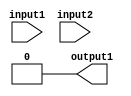
module behavioral_block (
    input wire input1,
    input wire input2,
    output reg output1
);

task generate_tasks;
begin
    // Sequence of operations or tasks to be performed within the block
    if (input1 == 1 && input2 == 0) begin
        // Perform task 1
        output1 <= 1;
    end else begin
        // Perform task 2
        output1 <= 0;
    end
end
endtask

// Input and output ports to allow communication with other modules
assign output1 = 0; // Initial value for output
always @ (posedge clk) begin
    generate_tasks;
end

endmodule